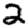
Digit: 2